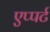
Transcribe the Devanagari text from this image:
एप्पर्ट